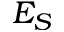
E _ { S }